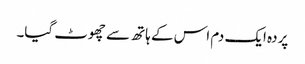
پردہ ایک دم اس کے ہاتھ سے چھوٹ گیا۔